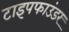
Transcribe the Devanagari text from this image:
टाइपफाउंडर